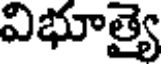
విభూత్యై